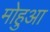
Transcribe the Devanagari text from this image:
मोहुआ